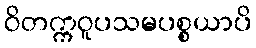
ဝိတက္ကဝူပသမပစ္စယာပိ